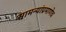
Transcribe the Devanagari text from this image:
सामन्यांप्रमाणेच